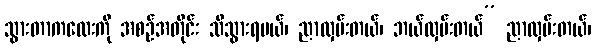
သွားတာကလေးကို အစဉ်အတိုင်း သိသွားရမယ်၊ ညာလှမ်းတယ်၊ ဘယ်လှမ်းတယ်” ညာလှမ်းတယ်၊